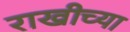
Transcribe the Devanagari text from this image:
राखीच्या